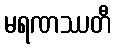
မရဏဿတီ